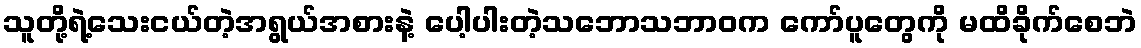
သူတို့ရဲ့သေးငယ်တဲ့အရွယ်အစားနဲ့ ပေါ့ပါးတဲ့သဘောသဘာဝက ကော်ပူတွေကို မထိခိုက်စေဘဲ